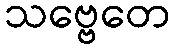
သဗ္ဗေတေ